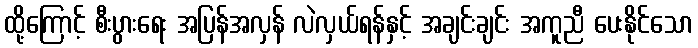
ထို့ကြောင့် စီးပွားရေး အပြန်အလှန် လဲလှယ်ရန်နှင့် အချင်းချင်း အကူညီ ပေးနိုင်သော